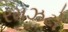
રમઝટો